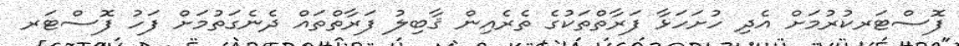
ފޮސްޓަރކުރުމަށް އެދި ހުށަހަޅާ ފަރާތްތަކުގެ ތެރެއިން ޤާބިލު ފަރާތްތައް ދެނެގަތުމަށް ފަހު ފޮސްޓަރ